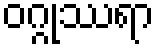
ဝဂ္ဂုဿရာ